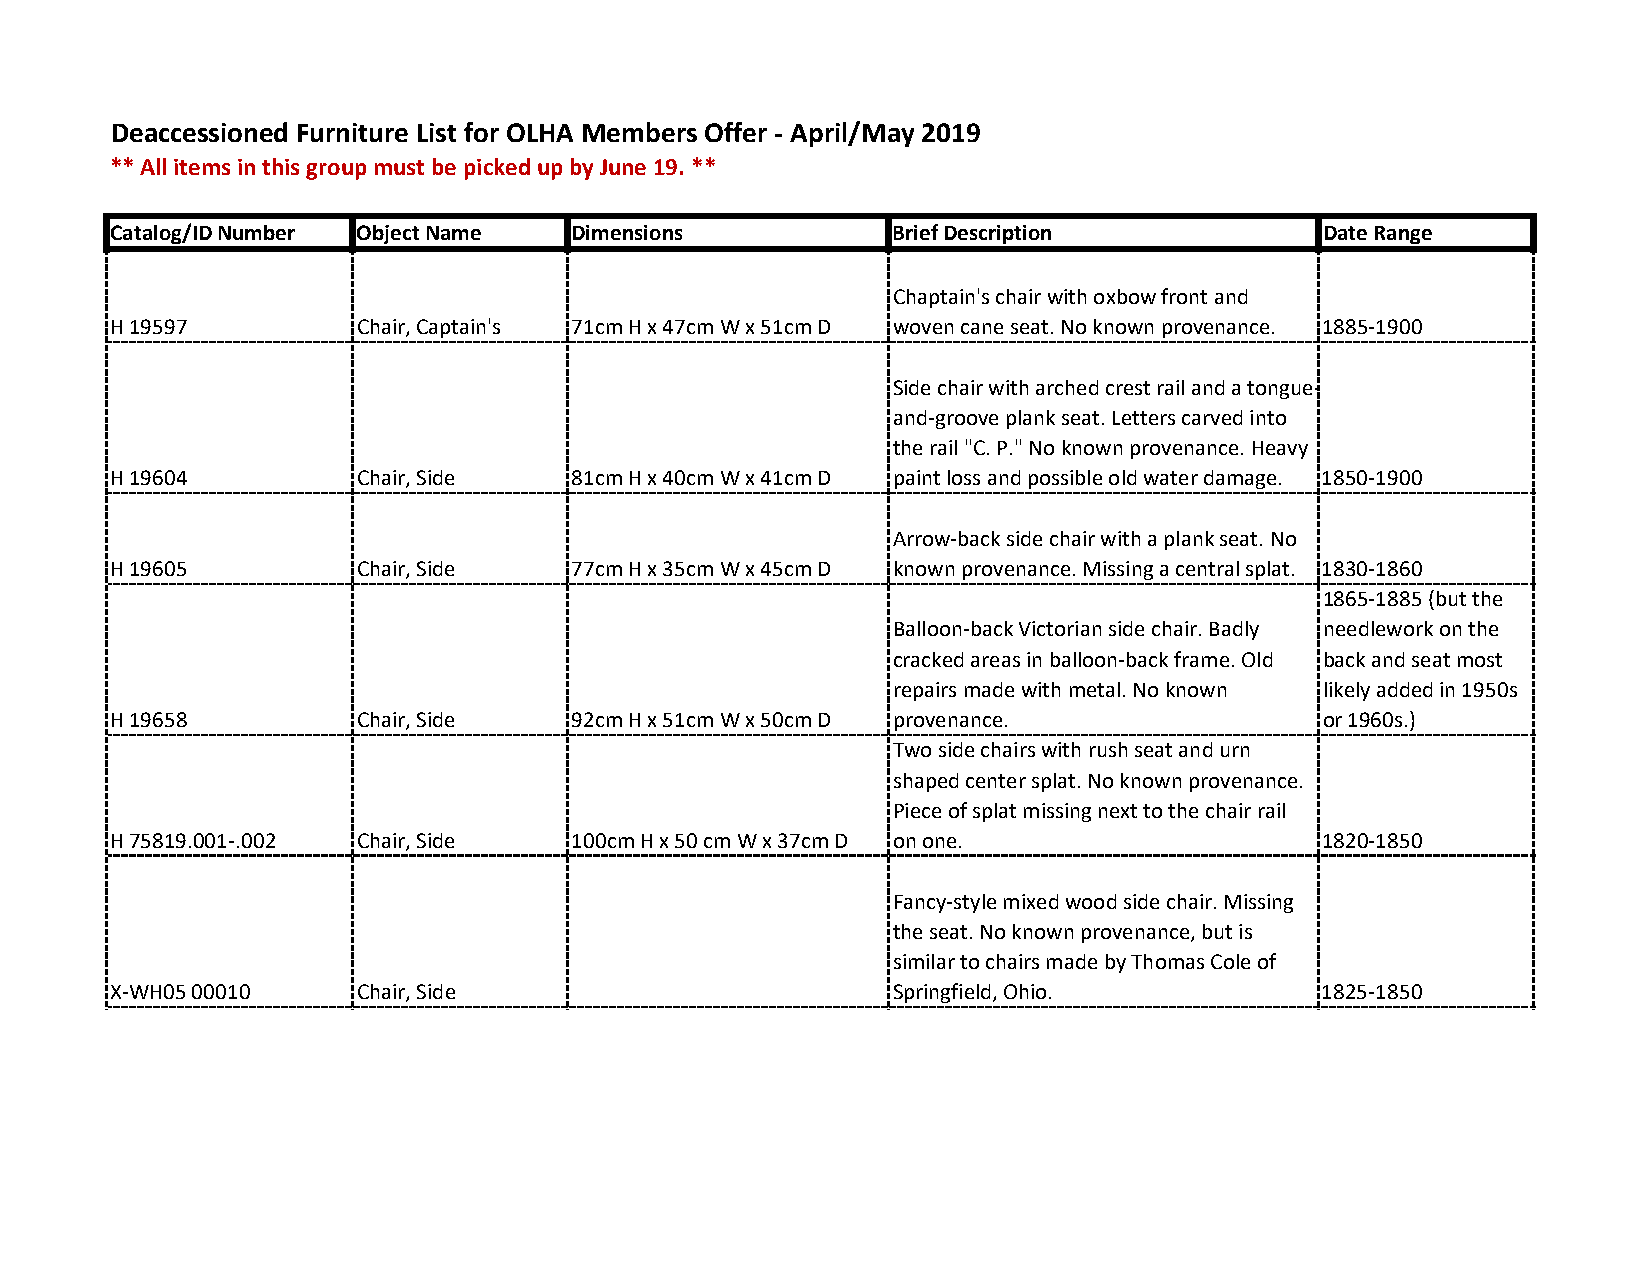
Deaccessioned Furniture List for OLHA Members Offer ‐ April/May 2019
 ** All items in this group must be picked up by June 19. **
 Catalog/ID Number Object Name  Dimensions           Brief Description            Date Range
 Chaptain's chair with oxbow front and
 H 19597          Chair, Captain's 71cm H x 47cm W x 51cm D woven cane seat. No known provenance. 1885‐1900
 Side chair with arched crest rail and a tongue‐
 and‐groove plank seat. Letters carved into
 the rail "C. P." No known provenance. Heavy
 H 19604          Chair, Side   81cm H x 40cm W x 41cm D paint loss and possible old water damage. 1850‐1900
 Arrow‐back side chair with a plank seat. No
 H 19605          Chair, Side   77cm H x 35cm W x 45cm D known provenance. Missing a central splat. 1830‐1860
 1865‐1885 (but the
 Balloon‐back Victorian side chair. Badly needlework on the
 cracked areas in balloon‐back frame. Old back and seat most
 repairs made with metal. No known likely added in 1950s
 H 19658          Chair, Side   92cm H x 51cm W x 50cm D provenance.              or 1960s.)
 Two side chairs with rush seat and urn
 shaped center splat. No known provenance.
 Piece of splat missing next to the chair rail
 H 75819.001‐.002 Chair, Side   100cm H x 50 cm W x 37cm D on one.                1820‐1850
 Fancy‐style mixed wood side chair. Missing
 the seat. No known provenance, but is
 similar to chairs made by Thomas Cole of
 X‐WH05 00010     Chair, Side                        Springfield, Ohio.           1825‐1850